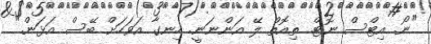
"ނޯ. އިޓްސް ނޮޓް. ތިއޮތް ލޭ އަންނަނީ. ހިނގާ އަވަހަށް ބޭސް އަޅަން."